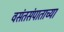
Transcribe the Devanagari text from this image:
वसंतसंपाताच्या